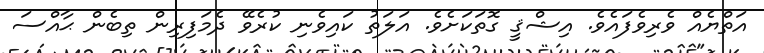
އަތްޔެއް ވެރިވެފައެވެ. އިޝްޤީ ގޮތަކަށެވެ. އަލަތު ކައިވެނި ކުރެވޭ ދެމަފިރިން ތިބެން ޙާއްސަ